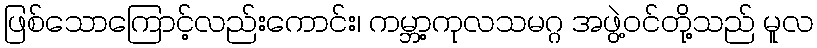
ဖြစ်သောကြောင့်လည်းကောင်း၊ ကမ္ဘာ့ကုလသမဂ္ဂ အဖွဲ့ဝင်တို့သည် မူလ